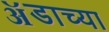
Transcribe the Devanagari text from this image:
ॲडाच्या